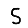
Digit: 5